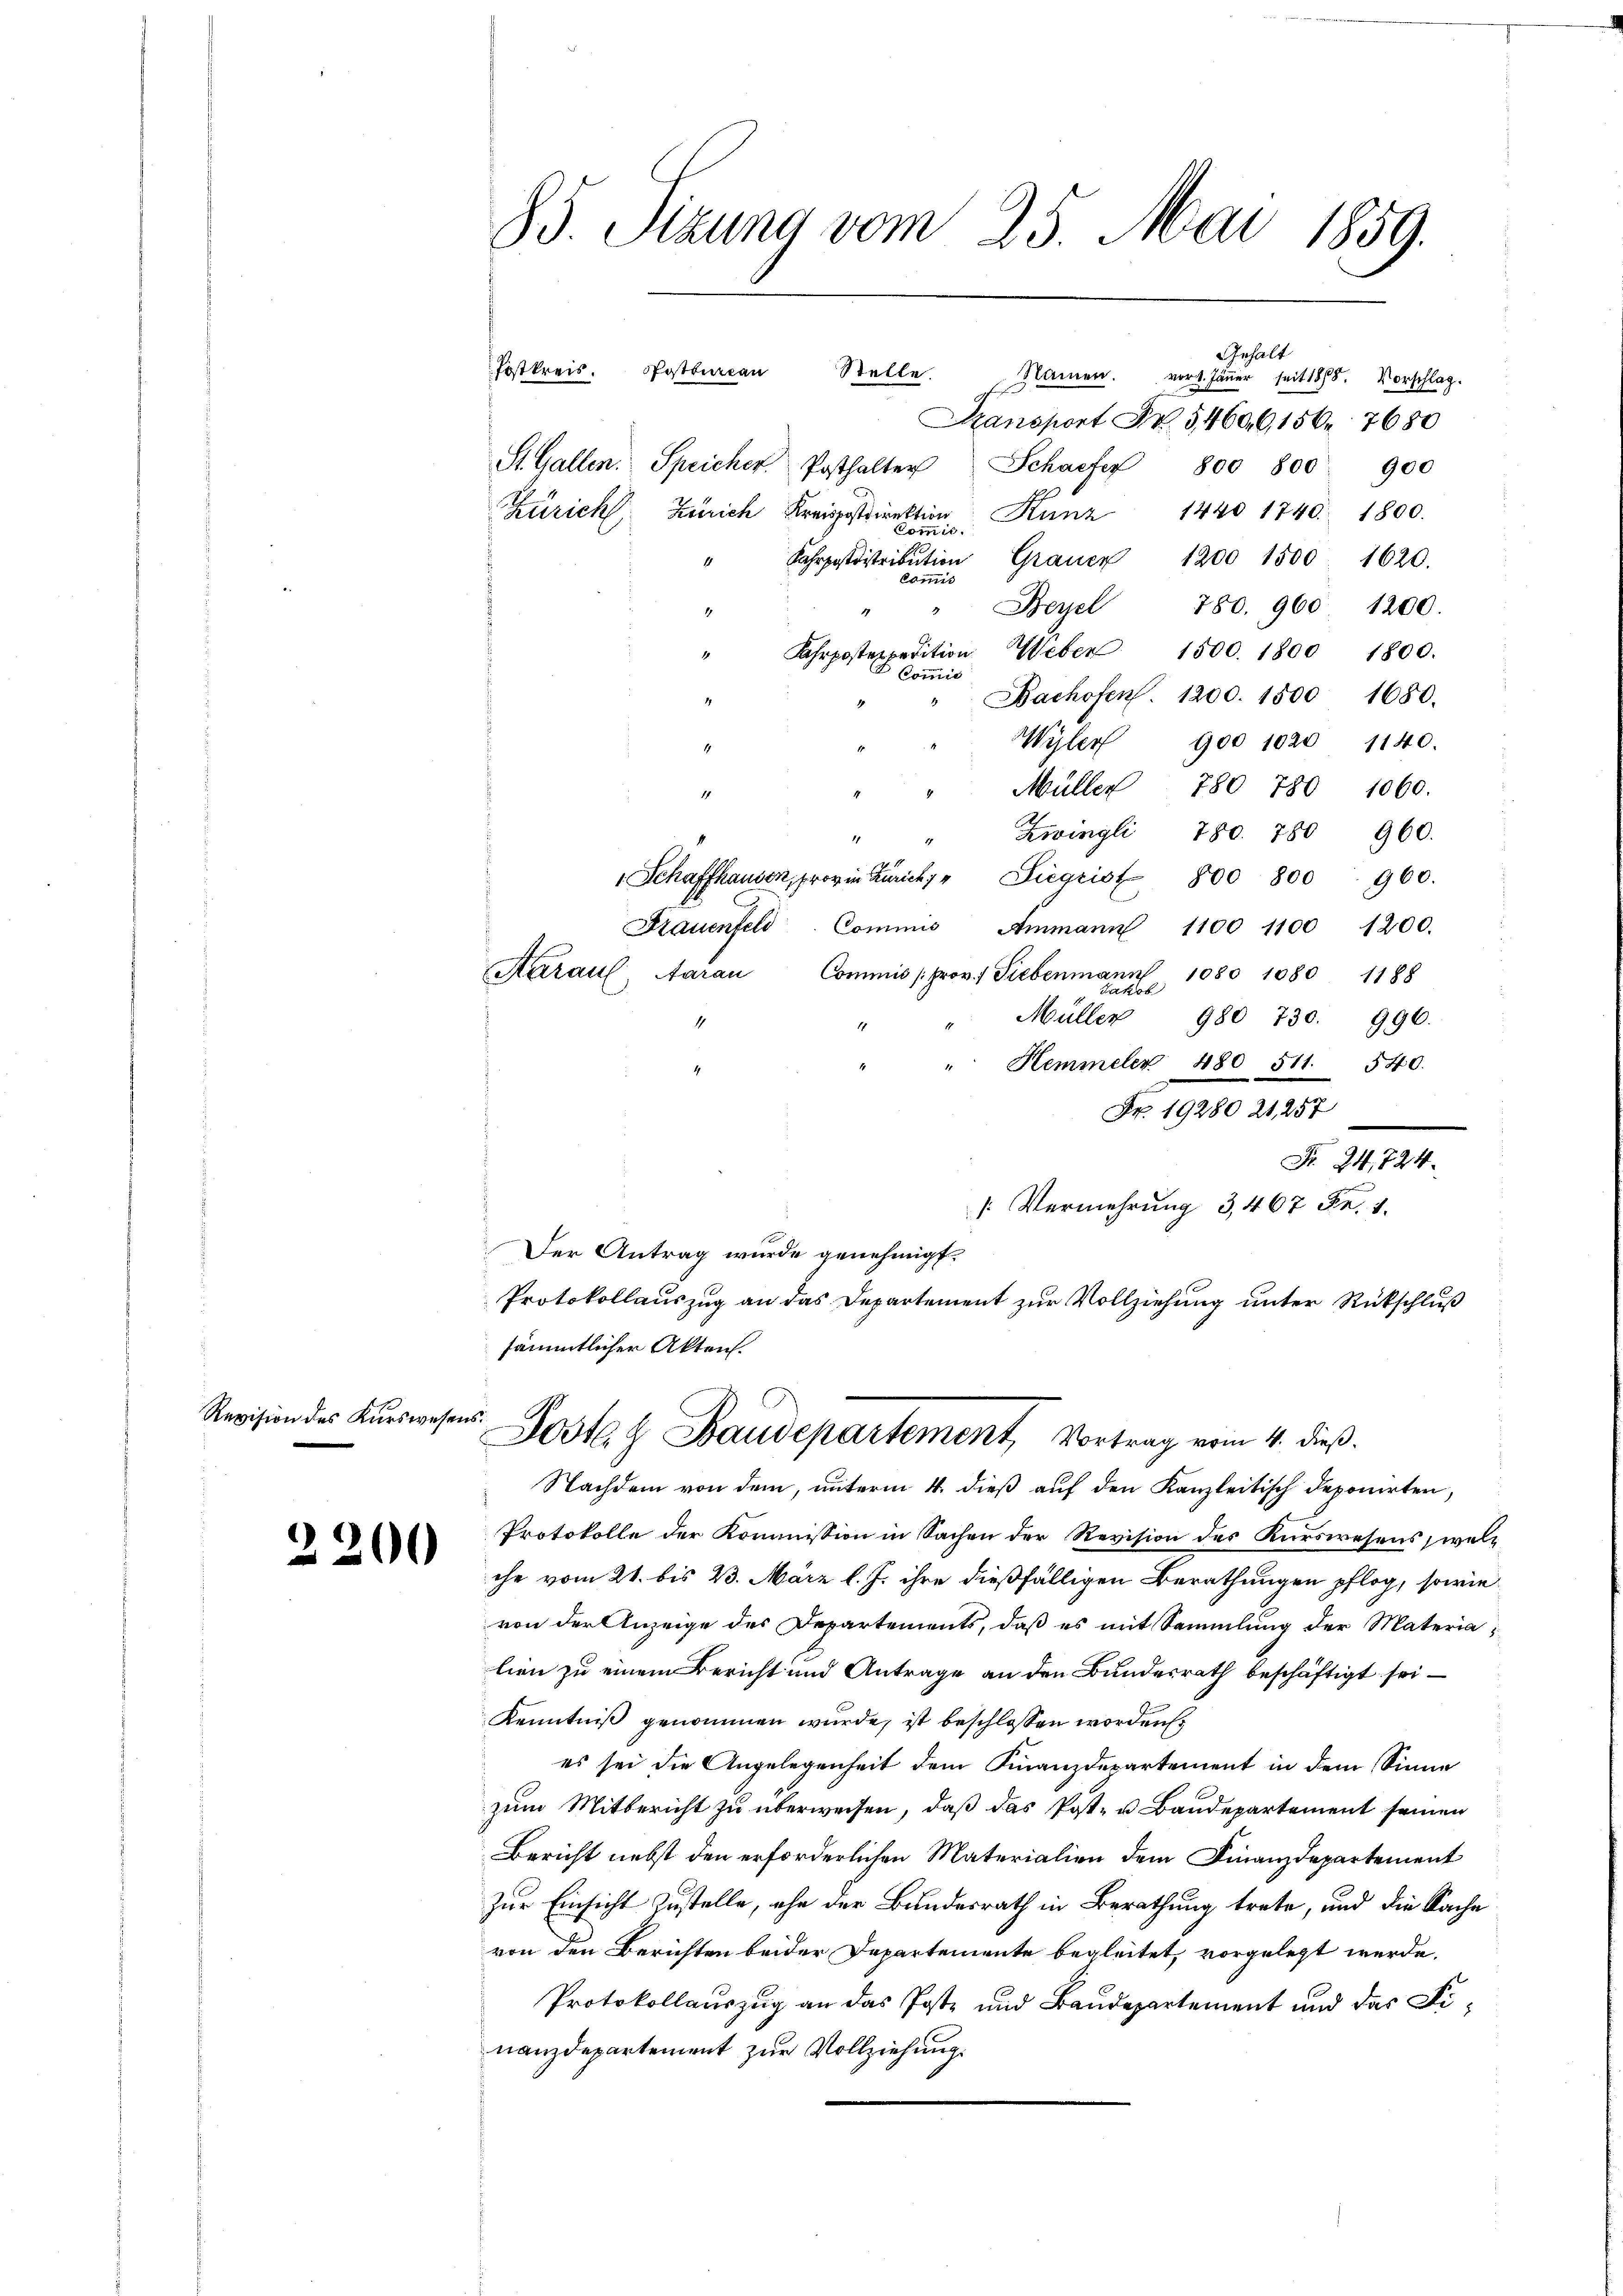
Revision des Kurswese

.

2

85 Sizung vom 25. Mai 1859.

Szansport Fr. 54606, 156. 7680
St. Gallen. Speicher Posthalter Scharfer 800 800 900
Züricht Zürich Kreispostdirektion
Kunz 1440 1740. 1800.
kommis.
" Fahrposttribŭtion Grauer 1200 1500 1620.
Commis
" Beyel 780. 960 1200.
1
4
Uhrpostexpedition Weber 1500. 1800 1800.
Commis
Bachofens. 1200. 1500 1680.
Wegler
900 1020 1140.
Müller 780 780 1060.
Zwingli 780. 780 960.
1
" Schaffhausen, provin Zürichs " Siegrist 800 800. 960.
Frauenfeld. Commis Ammann 1100 1100 1200.
Aarau, Aarau Commis prov. Siebenmann 1080 1080 1188
Jakob
Müller 980 730. 996.
Hemmeler 480 511. 540.
Fr. 19280 21, 257
[Vermehrung 3,467 Fr. 1.
Der Antrag wurde genehmigt.
Protokollauszug an das Departement zur Vollziehung unter Rückschluß
sämmtlicher Akten.
werst
Posten Staudepartement, Vortrag vom 4. dieß.
Nachdem von dem, unterm 4. dieß auf den Kanzleitisch deponirten,
Protokolle der Kommission in Sachen der Revision des Kurswesens, welche vom 21. bis 23. März l. J. ihre dießfälligen Berathungen pflog, sowie
von der Anzeige des Departements, daß es mit Sammlung der Materia
lien zu einem Bericht und Antrage an den Bundesrath beschäftigt sei
Kenntniß genommen wurde, ist beschlossen worden.
es sei die Angelegenheit dem Finanzdepartement in dem Sinne
zum Mitbericht zu überweisen, daß das Post- u Baudepartement seinen
Bericht nebst den erforderlichen Materialien dem Finanzdepartement
zur Einsicht zustelle, ohn der Bundesrath in Berathung trete, und die Sache
von den Berichten beider Departemente begleitet, vorgelegt werde.
Protokollauszug an das Poste und Baudepartement und das Finanzdepartement zur Vollziehung.

Fostkreis. Postbureau Stelle.

Namen. vor. Jänner seit 1875. Vorschlag.

Gehalt

Fr. 24,724.